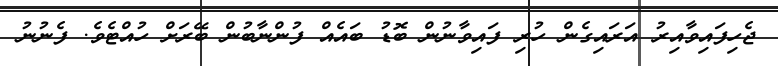
ޖެހިފައިވާއިރު އަރައިގެން ހުރި ފައިވާނުން ބޮޑު ބައެއް ފުންނާބުން ބޭރަށް ހުއްޓެވެ. ފެނުނު